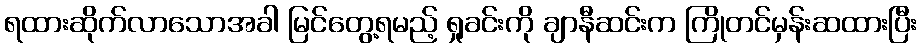
ရထားဆိုက်လာသောအခါ မြင်တွေ့ရမည့် ရှုခင်းကို ချာနီဆင်းက ကြိုတင်မှန်းဆထားပြီး